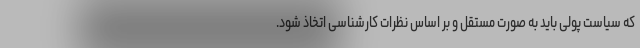
که سیاست پولی باید به صورت مستقل و بر اساس نظرات کارشناسی اتخاذ شود.